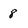
Character: 8